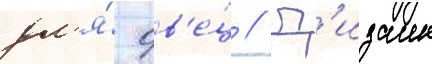
дл'я́ ов'е́ц // Д'изаин